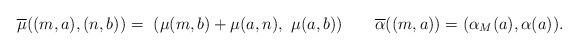
LaTeX: \begin{align*}\overline{\mu} ((m, a), (n, b)) =~ ( \mu(m , b) + \mu (a , n),~ \mu (a, b)) ~~~~~~ \overline{\alpha}((m, a)) = (\alpha_M (a), \alpha (a)).\end{align*}